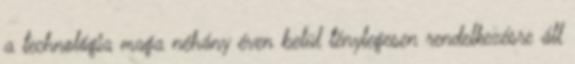
a technológia maga néhány éven belül ténylegesen rendelkezésre áll